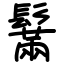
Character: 鬗